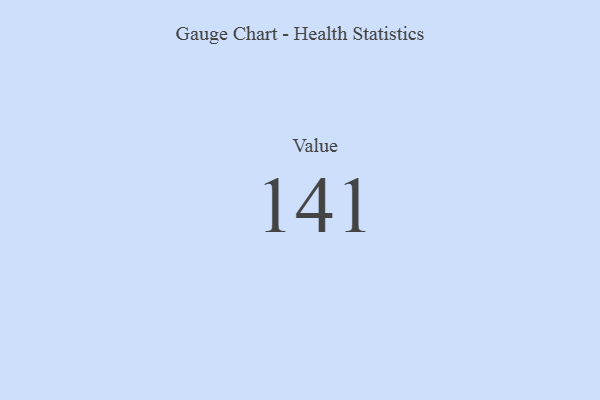
{"axis": {"x": "Metric", "y": "Value"}, "legend": [""], "data": [{"x": "Value", "y": 141, "type": ""}]}